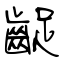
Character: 齪